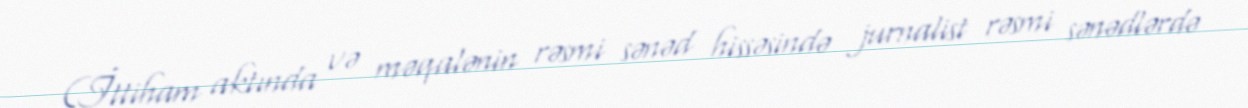
(İttiham aktında və məqalənin rəsmi sənəd hissəsində jurnalist rəsmi sənədlərdə